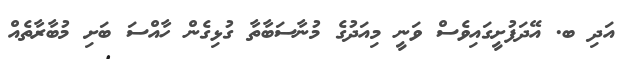
އަދި ބ. އޭދަފުށީގައިވެސް ވަނީ މިއަދުގެ މުނާސަބާތާ ގުޅިގެން ހާއްސަ ބަށި މުބާރާތެއް